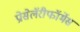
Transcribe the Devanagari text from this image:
प्रोसेलॅरीफॉर्मेस